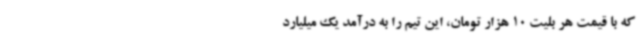
که با قیمت هر بلیت 10 هزار تومان، این تیم را به درآمد یک میلیارد